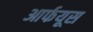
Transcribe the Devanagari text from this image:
आर्फयूस